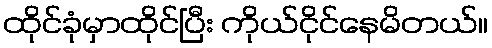
ထိုင်ခုံမှာထိုင်ပြီး ကိုယ်ငိုင်နေမိတယ်။